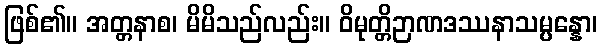
ဖြစ်၏။ အတ္တနာစ၊ မိမိသည်လည်း။ ဝိမုတ္တိဉာဏဒဿနာသမ္ပန္နော၊